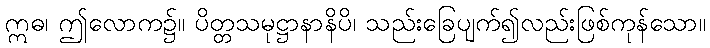
ဣဓ၊ ဤလောက၌။ ပိတ္တသမုဋ္ဌာနာနိပိ၊ သည်းခြေပျက်၍လည်းဖြစ်ကုန်သော။